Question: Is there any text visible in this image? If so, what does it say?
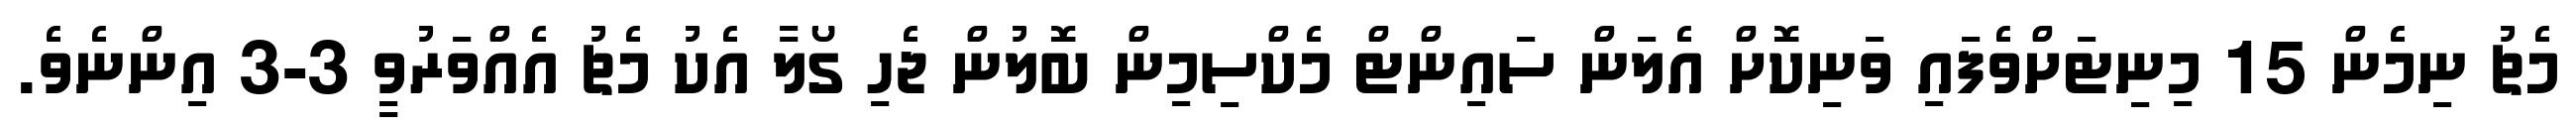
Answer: މެޗު ނިމެން 15 މިނިޓަށްވެފައި ވަނިކޮށް އެލަން ސައިންޓް މެކްސިމިން ބޮލުން ޖެހި ގޯލާ އެކު މެޗު އެއްވަރުވީ 3-3 އިންނެވެ.